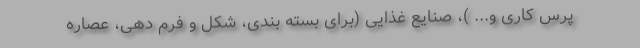
پرس کاری و... )، صنایع غذایی (برای بسته بندی، شکل و فرم دهی، عصاره